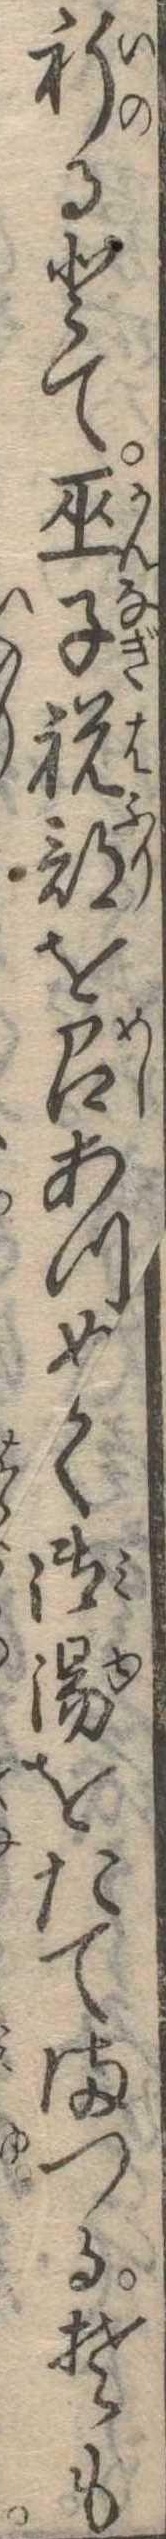
祈るとて巫子祝部を召あつめて御湯をたてまつるそも